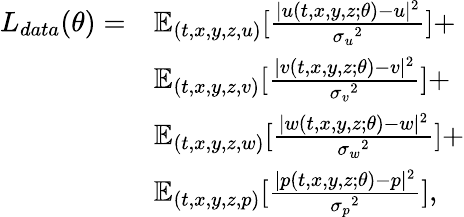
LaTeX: \begin{array}{rl}{L_{data}(\theta)=}&{\mathbb{E}_{(t,x,y,z,u)}[\frac{|{u}(t,x,y,z;\theta)-{u}|^{2}}{{\sigma_{u}}^{2}}]+}\\ &{\mathbb{E}_{(t,x,y,z,v)}[\frac{|{v}(t,x,y,z;\theta)-{v}|^{2}}{{\sigma_{v}}^{2}}]+}\\ &{\mathbb{E}_{(t,x,y,z,w)}[\frac{|{w}(t,x,y,z;\theta)-{w}|^{2}}{{\sigma_{w}}^{2}}]+}\\ &{\mathbb{E}_{(t,x,y,z,p)}[\frac{|{p}(t,x,y,z;\theta)-{p}|^{2}}{{\sigma_{p}}^{2}}],}\end{array}